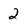
Character: 2